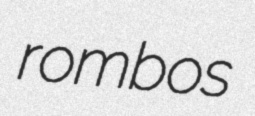
rombos